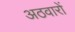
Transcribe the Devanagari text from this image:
अठवारों